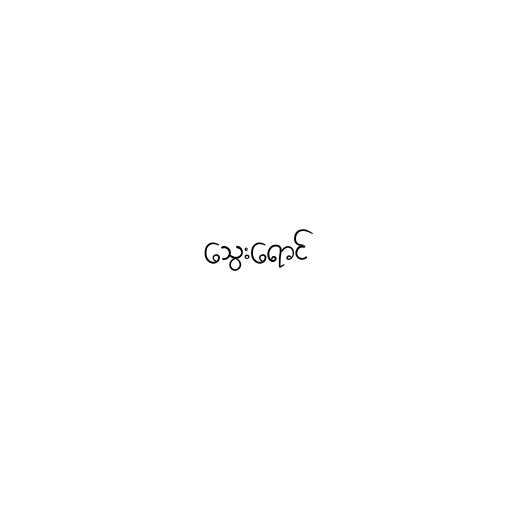
သွေးရောင်